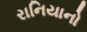
રાનિયાનો